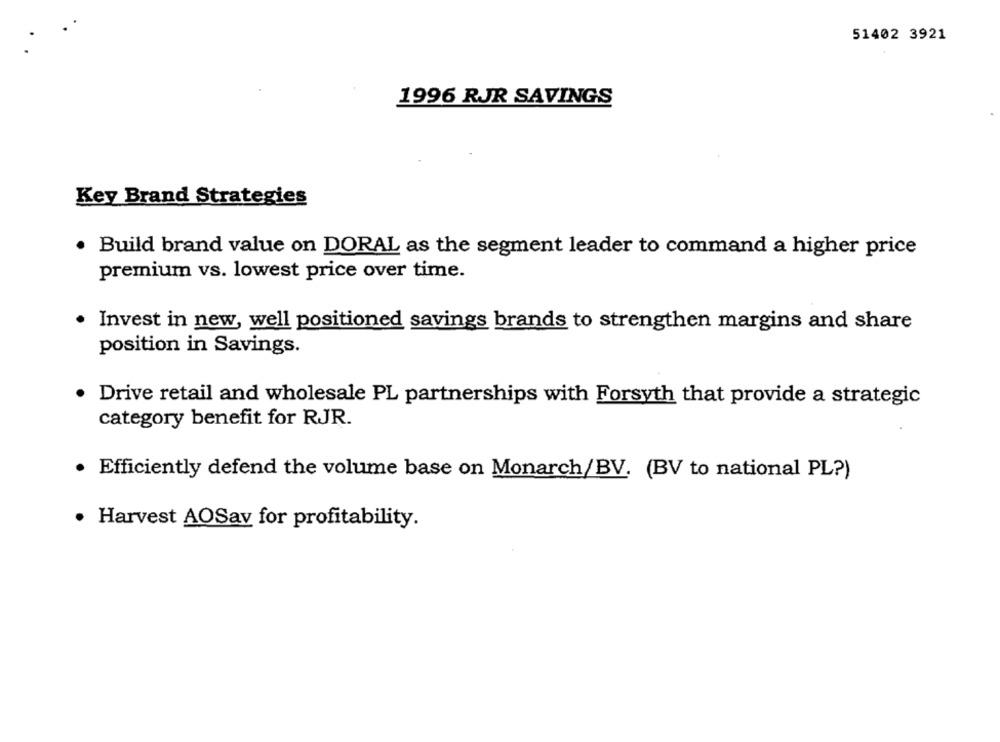
51402 3921
1996 RJR SAVINGS
Key Brand Strategies
Build brand value on DORAL as the segment leader to command a higher price
premium vs. lowest price over time.
Invest in new, well positioned savings brands to strengthen margins and share
position in Savings.
Drive retail and wholesale PL partnerships with Forsyth that provide a strategic
category benefit for RJR.
· Efficiently defend the volume base on Monarch/BV. (BV to national PL?)
· Harvest AOSav for profitability.